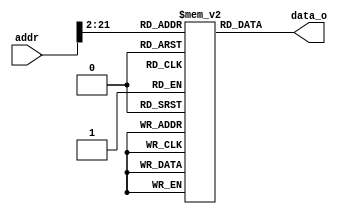
module rom #(
    parameter WORDSIZE=32,
    parameter SIZE = 1024 * 1024
)(
    input wire [31:0] addr,
    output wire [WORDSIZE-1:0] data_o
);

    reg [WORDSIZE-1:0] mem [SIZE-1:0];

    // Memory is byte-addressable but 
    // address is aligned to 4 bytes
    assign data_o = mem[addr[31:2]];
endmodule